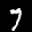
Label: 7